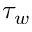
\tau _ { w }